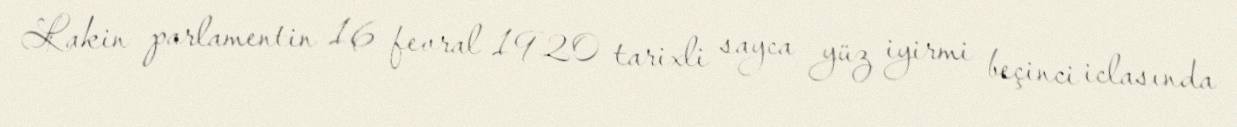
Lakin parlamentin 16 fevral 1920 tarixli sayca yüz iyirmi beçinci iclasında